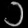
Digit: ၁